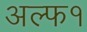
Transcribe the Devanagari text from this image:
अल्फ१